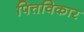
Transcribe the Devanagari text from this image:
पित्तविकार